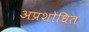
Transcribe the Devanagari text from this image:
अप्रशोधित